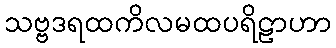
သဗ္ဗဒရထကိလမထပရိဠာဟာ